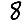
Digit: 8